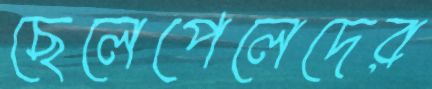
ছেলেপেলেদের